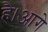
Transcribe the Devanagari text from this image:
है।आगे